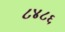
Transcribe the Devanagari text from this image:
८४८६